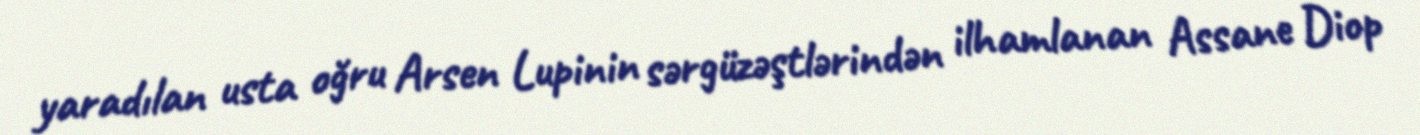
yaradılan usta oğru Arsen Lupinin sərgüzəştlərindən ilhamlanan Assane Diop